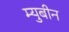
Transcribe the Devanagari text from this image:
म्युबीन